Civil Veterinary Department Bengal reports 1933-51 - 1933-1951
Year: 1933
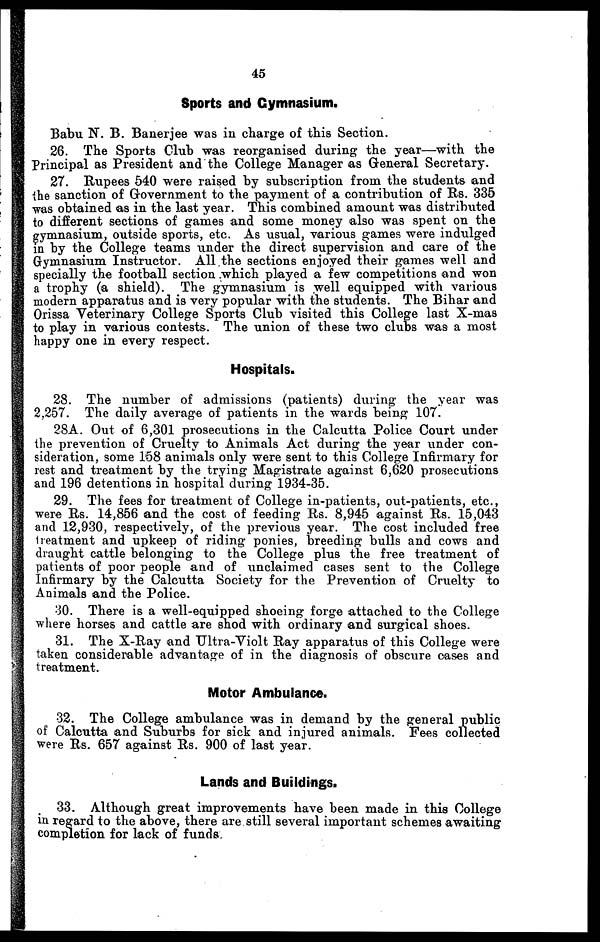
45
Sports and Gymnasium.
Babu N. B. Banerjee was in charge of this Section.
26. The Sports Club was reorganised during the year—with the
Principal as President and the College Manager as General Secretary.
27. Rupees 540 were raised by subscription from the students and
{he sanction of Government to the payment of a contribution of Rs. 335
was obtained as in the last year. This combined amount was distributed
to different sections of games and some money also was spent on the
gymnasium, outside sports, etc. As usual, various games were indulged
in by the College teams under the direct supervision and care of the
Gymnasium Instructor. All the sections enjoyed their games well and
specially the football section .which played a few competitions and won
a trophy (a shield). The gymnasium is well equipped with various
modern apparatus and is very popular with the students. The Bihar and
Orissa Veterinary College Sports Club visited this College last X-mas
to play in various contests. The union of these two clubs was a most
happy one in every respect.
Hospitals.
28. The number of admissions (patients) during the year was
2,257. The daily average of patients in the wards being 107.
28A. Out of 6,301 prosecutions in the Calcutta Police Court under
the prevention of Cruelty to Animals Act during the year under con-
sideration, some 158 animals only were sent to this College Infirmary for
rest and treatment by the trying Magistrate against 6,620 prosecutions
and 196 detentions in hospital during 1934-35.
29. The fees for treatment of College in-patients, out-patients, etc.,
were Rs. 14,856 and the cost of feeding Rs. 8,945 against Rs. 15,043
and 12,930, respectively, of the previous year. The cost included free
treatment and upkeep of riding ponies, breeding bulls and cows and
draught cattle belonging to the College plus the free treatment of
patients of poor people and of unclaimed cases sent to the College
Infirmary by the Calcutta Society for the Prevention of Cruelty to
Animals and the Police.
30. There is a well-equipped shoeing forge attached to the College
where horses and cattle are shod with ordinary and surgical shoes.
31. The X-Ray and Ultra-Violt Ray apparatus of this College were
taken considerable advantage of in the diagnosis of obscure oases and
treatment.
Motor Ambulance.
32. The College ambulance was in demand by the general public
of Calcutta and Suburbs for sick and injured animals. Fees collected
were Rs. 657 against Rs. 900 of last year.
Lands and Buildings.
33. Although great improvements have been made in this College
in regard to the above, there are still several important schemes awaiting
completion for lack of funds.